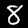
Digit: 8